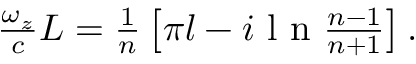
\begin{array} { r } { \frac { \omega _ { z } } { c } L = \frac { 1 } { n } \left[ \pi l - i \textrm { l n } \frac { n - 1 } { n + 1 } \right] . } \end{array}